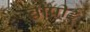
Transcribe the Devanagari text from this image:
बीपीई